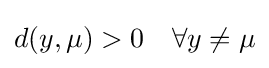
d(y,\mu )>0\quad \forall y\neq \mu